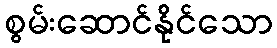
စွမ်းဆောင်နိုင်သော